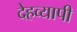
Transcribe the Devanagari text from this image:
देहव्यापी